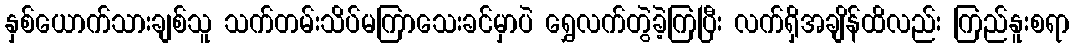
နှစ်ယောက်သားချစ်သူ သက်တမ်းသိပ်မကြာသေးခင်မှာပဲ ရွှေလက်တွဲခဲ့ကြပြီး လက်ရှိအချိန်ထိလည်း ကြည်နူးစရာ